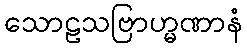
သောဠသဗြာဟ္မဏာနံ